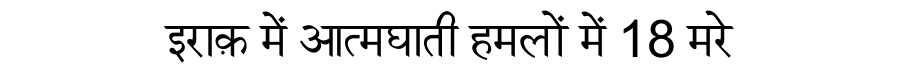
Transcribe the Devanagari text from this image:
इराक़ में आत्मघाती हमलों में 18 मरे